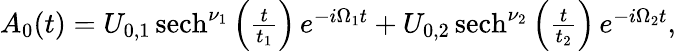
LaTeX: \begin{array}{r}{A_{0}(t)=U_{0,1}\, \mathrm{{sech}}^{\nu_{1}}\left(\frac{t}{t_{1}}\right)\, e^{-i\Omega_{1}t}+U_{0,2}\, \mathrm{{sech}}^{\nu_{2}}\left(\frac{t}{t_{2}}\right)\, e^{-i\Omega_{2}t},}\end{array}